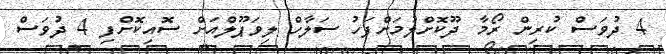
4 ދުވަަސް ކުރިން ރޯމާ ދޫކޮށްލުމަށްފަހު ސަލާހް ލިވަޕޫލްއަށް ސޮއިކޮށްފި 4 ދުވަަސް